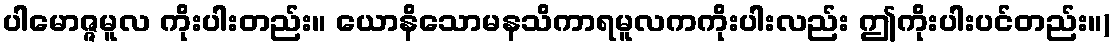
ပါမောဇ္ဇမူလ ကိုးပါးတည်း။ ယောနိသောမနသိကာရမူလကကိုးပါးလည်း ဤကိုးပါးပင်တည်း။)